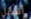
أفضل